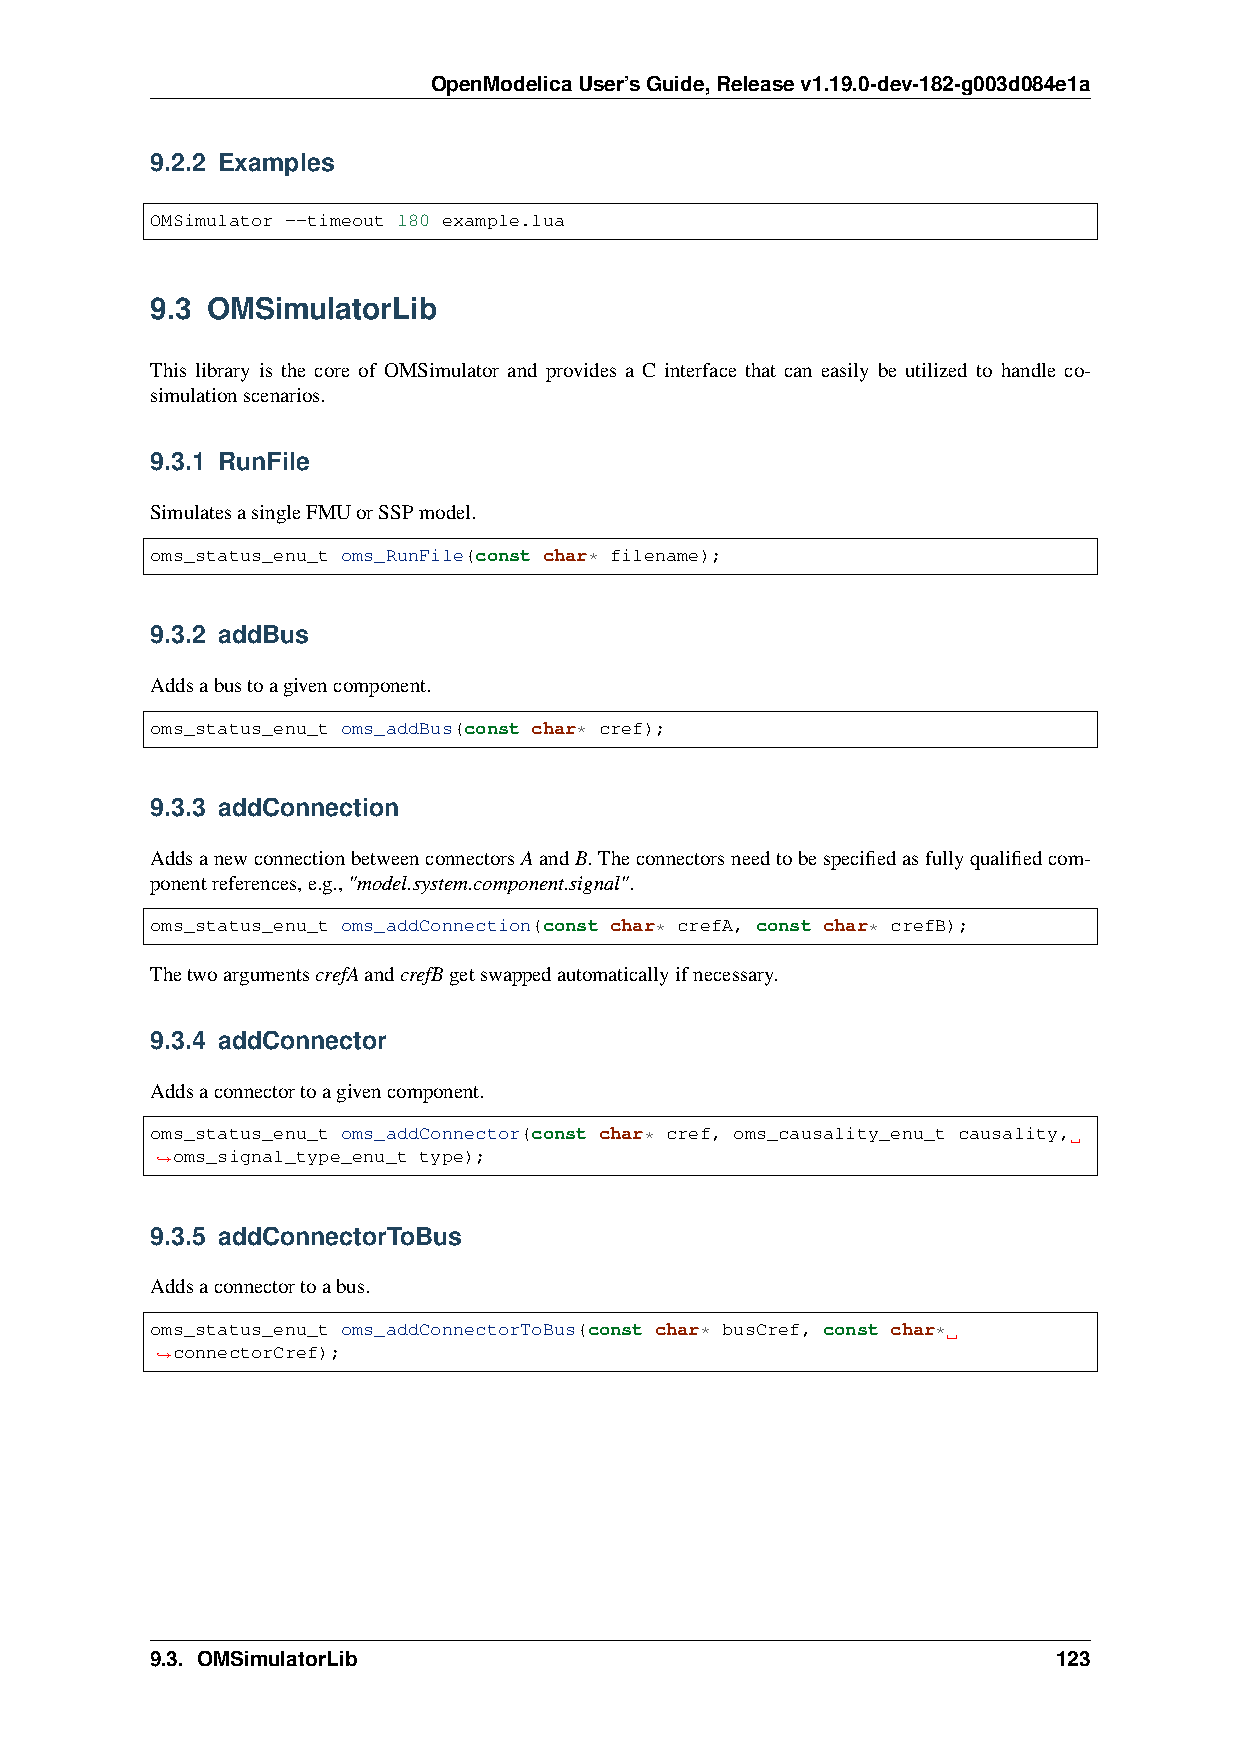
OpenModelicaUser’sGuide,Releasev1.19.0-dev-182-g003d084e1a
 9.2.2 Examples
 OMSimulator --timeout 180 example.lua
 9.3 OMSimulatorLib
 This library is the core of OMSimulator and provides a C interface that can easily be utilized to handle co-
 simulationscenarios.
 9.3.1 RunFile
 SimulatesasingleFMUorSSPmodel.
 oms_status_enu_t oms_RunFile(const char* filename);
 9.3.2 addBus
 Addsabustoagivencomponent.
 oms_status_enu_t oms_addBus(const char* cref);
 9.3.3 addConnection
 AddsanewconnectionbetweenconnectorsAandB.Theconnectorsneedtobespecifiedasfullyqualifiedcom-
 ponentreferences,e.g.,"model.system.component.signal".
 oms_status_enu_t oms_addConnection(const char* crefA, const char* crefB);
 ThetwoargumentscrefAandcrefBgetswappedautomaticallyifnecessary.
 9.3.4 addConnector
 Addsaconnectortoagivencomponent.
 oms_status_enu_t oms_addConnector(const char* cref, oms_causality_enu_t causality,
 oms_signal_type_enu_t type);
 ˓→
 9.3.5 addConnectorToBus
 Addsaconnectortoabus.
 oms_status_enu_t oms_addConnectorToBus(const char* busCref, const char*
 connectorCref);
 ˓→
 9.3. OMSimulatorLib                                         123